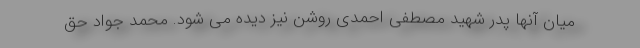
میان آنها پدر شهید مصطفی احمدی روشن نیز دیده می شود. محمد جواد حق